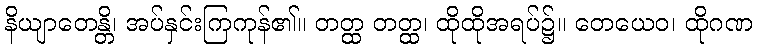
နိယျာတေန္တိ၊ အပ်နှင်းကြကုန်၏။ တတ္ထ တတ္ထ၊ ထိုထိုအရပ်၌။ တေယေဝ၊ ထိုဂဏ